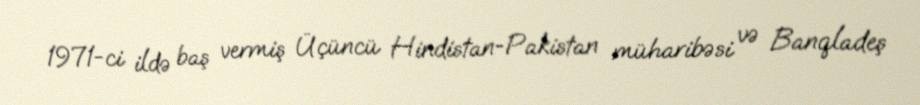
1971-ci ildə baş vermiş Üçüncü Hindistan-Pakistan müharibəsi və Banqladeş